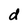
Character: d